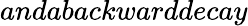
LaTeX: anda\textit{backwarddecay}